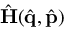
\hat { \bf { H } } ( \hat { \bf { q } } , \hat { \bf { p } } )